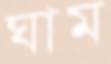
ঘাম